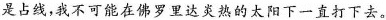
是占线，我不可能在佛罗里达炎热的太阳下一直打下去。